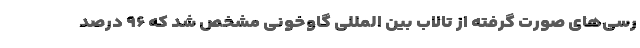
رسی‌های صورت گرفته از تالاب بین المللی گاوخونی مشخص شد که ۹۶ درصد